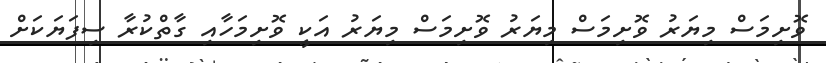
ވޮށިމަސް މިޔަރު ވޮށިމަސް މިޔަރު ވޮށިމަސް މިޔަރު އަކީ ވޮށިމަހާއި ގާތްކުރާ ސިފަޔަކަށް